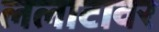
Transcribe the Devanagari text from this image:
ललाटावर